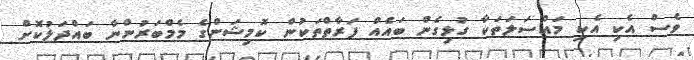
ވެސް އެކި އެކި މައްސަލަތަކާ ގުޅިގެން ބައެއް ފަރާތްތަކުން ކޮމިޝަންގެ މެމްބަރުންނާ ބައްދަލުކޮށް